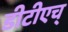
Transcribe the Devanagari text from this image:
डीटीएच्‌